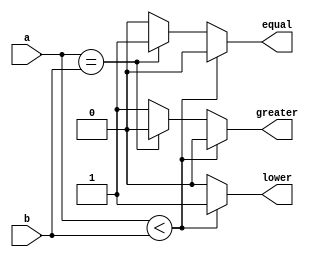
module Comparator (
    input wire [31:0] a,
    input wire [31:0] b,
    output reg equal,
    output reg lower,
    output reg greater
    );

    always @* begin
      if (a<b) begin
        equal = 0;
        lower = 1;
        greater = 0;
      end
      else if (a==b) begin
        equal = 1;
        lower = 0;
        greater = 0;
      end
      else begin
        equal = 0;
        lower = 0;
        greater = 1;
      end
    end
endmodule